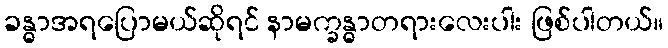
ခန္ဓာအရပြောမယ်ဆိုရင် နာမက္ခန္ဓာတရားလေးပါး ဖြစ်ပါတယ်။